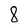
Character: 8